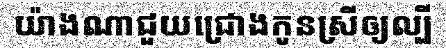
យ៉ាងណាជួយជ្រោងកូនស្រីឲ្យល្បី